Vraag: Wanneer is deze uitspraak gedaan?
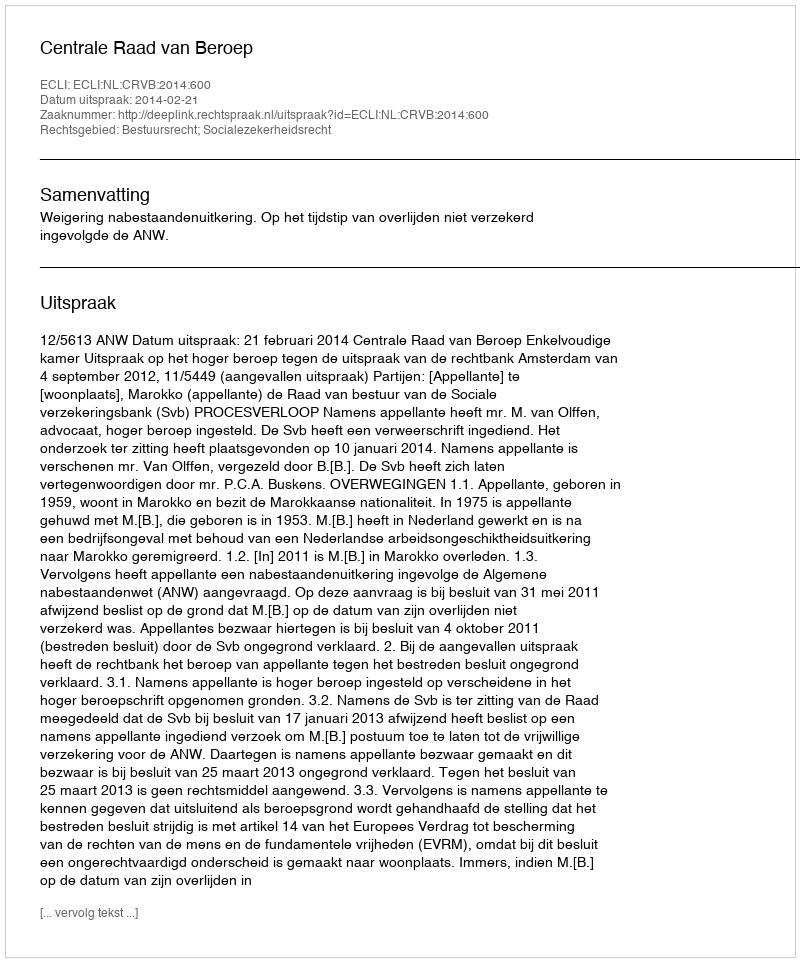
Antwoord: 2014-02-21